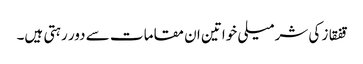
قفقاز کی شرمیلی خواتین ان مقامات سے دور رہتی ہیں۔